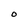
Character: O